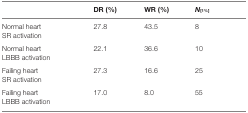
|  | DR (%) | WR (%) | N[1%] |
 | --- | --- | --- | --- |
 | Normal heart | 27.8 | 43.5 | 8 |
 | SR activation |
 | Normal heart | 22.1 | 36.6 | 10 |
 | LBBB activation |
 | Failing heart | 27.3 | 16.6 | 25 |
 | SR activation |
 | Failing heart | 17.0 | 8.0 | 55 |
 | LBBB activation |